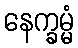
နေက္ခမ္မံ